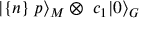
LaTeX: | \{ n \} \; p \rangle _ { M } \otimes \; c _ { 1 } | 0 \rangle _ { G }